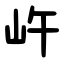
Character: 㞰